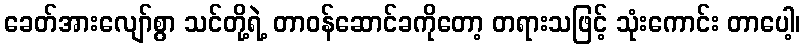
ခေတ်အားလျော်စွာ သင်တို့ရဲ့ တာဝန်ဆောင်ခကိုတော့ တရားသဖြင့် သုံးကောင်း တာပေါ့၊